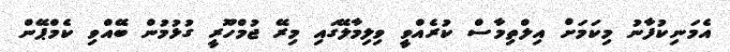
އެމަނިކުފާނު މިކަމަށް އިލްތިމާސް ކުރެއްވީ ވިލިމާލޭގައި މިރޭ ޖުމްހޫރީ ގުޅުމުން ބޭއްވި ކެމްޕޭން